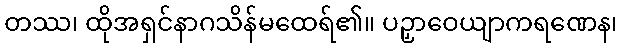
တဿ၊ ထိုအရှင်နာဂသိန်မထေရ်၏။ ပဉှာဝေယျာကရဏေန၊